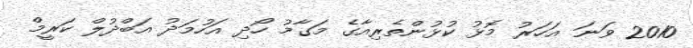
2010 ވަނަ އަހަރު މޮޅު ކުޅުންތެރިއާގެ މަގާމު ހޯދި އަހުމަދު އަބްދުލް ކަރީމް